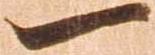
一